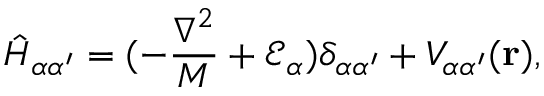
\hat { H } _ { \alpha \alpha ^ { \prime } } = ( - \frac { \nabla ^ { 2 } } { M } + \mathcal { E } _ { \alpha } ) \delta _ { \alpha \alpha ^ { \prime } } + V _ { \alpha \alpha ^ { \prime } } ( { \mathbf { r } } ) ,